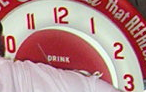
10 11 12 1 2 3